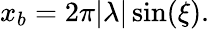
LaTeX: \begin{array}{r}{x_{b}=2\pi|\lambda|\sin(\xi).}\end{array}